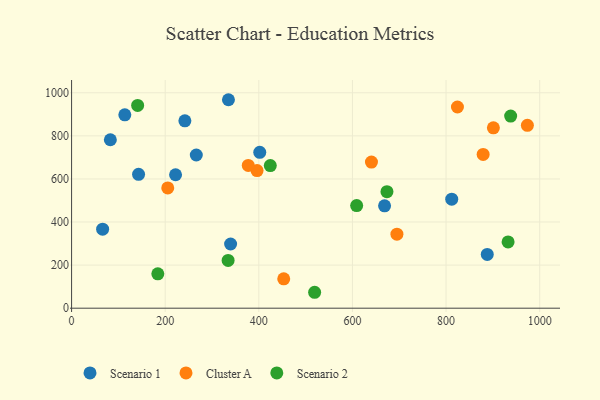
{"axis": {"x": "Price", "y": "Salary"}, "legend": ["Cluster A", "Scenario 1", "Scenario 2"], "data": [{"x": "812.1", "y": 506.3, "type": "Scenario 1"}, {"x": "143.1", "y": 621.4, "type": "Scenario 1"}, {"x": "113.7", "y": 897.8, "type": "Scenario 1"}, {"x": "339.7", "y": 298.0, "type": "Scenario 1"}, {"x": "82.8", "y": 781.9, "type": "Scenario 1"}, {"x": "242.0", "y": 869.8, "type": "Scenario 1"}, {"x": "335.1", "y": 967.8, "type": "Scenario 1"}, {"x": "402.0", "y": 723.5, "type": "Scenario 1"}, {"x": "222.1", "y": 619.5, "type": "Scenario 1"}, {"x": "66.3", "y": 367.0, "type": "Scenario 1"}, {"x": "266.4", "y": 711.2, "type": "Scenario 1"}, {"x": "888.0", "y": 249.5, "type": "Scenario 1"}, {"x": "668.6", "y": 475.4, "type": "Scenario 1"}, {"x": "824.3", "y": 934.1, "type": "Cluster A"}, {"x": "973.7", "y": 848.9, "type": "Cluster A"}, {"x": "205.4", "y": 558.2, "type": "Cluster A"}, {"x": "396.2", "y": 639.1, "type": "Cluster A"}, {"x": "879.2", "y": 714.0, "type": "Cluster A"}, {"x": "640.6", "y": 678.4, "type": "Cluster A"}, {"x": "453.2", "y": 136.4, "type": "Cluster A"}, {"x": "901.1", "y": 837.3, "type": "Cluster A"}, {"x": "377.4", "y": 662.7, "type": "Cluster A"}, {"x": "695.0", "y": 343.6, "type": "Cluster A"}, {"x": "932.5", "y": 307.8, "type": "Scenario 2"}, {"x": "938.0", "y": 892.1, "type": "Scenario 2"}, {"x": "424.5", "y": 662.2, "type": "Scenario 2"}, {"x": "609.0", "y": 476.3, "type": "Scenario 2"}, {"x": "673.7", "y": 541.1, "type": "Scenario 2"}, {"x": "334.4", "y": 221.7, "type": "Scenario 2"}, {"x": "184.2", "y": 159.5, "type": "Scenario 2"}, {"x": "141.1", "y": 941.5, "type": "Scenario 2"}, {"x": "519.2", "y": 73.9, "type": "Scenario 2"}]}